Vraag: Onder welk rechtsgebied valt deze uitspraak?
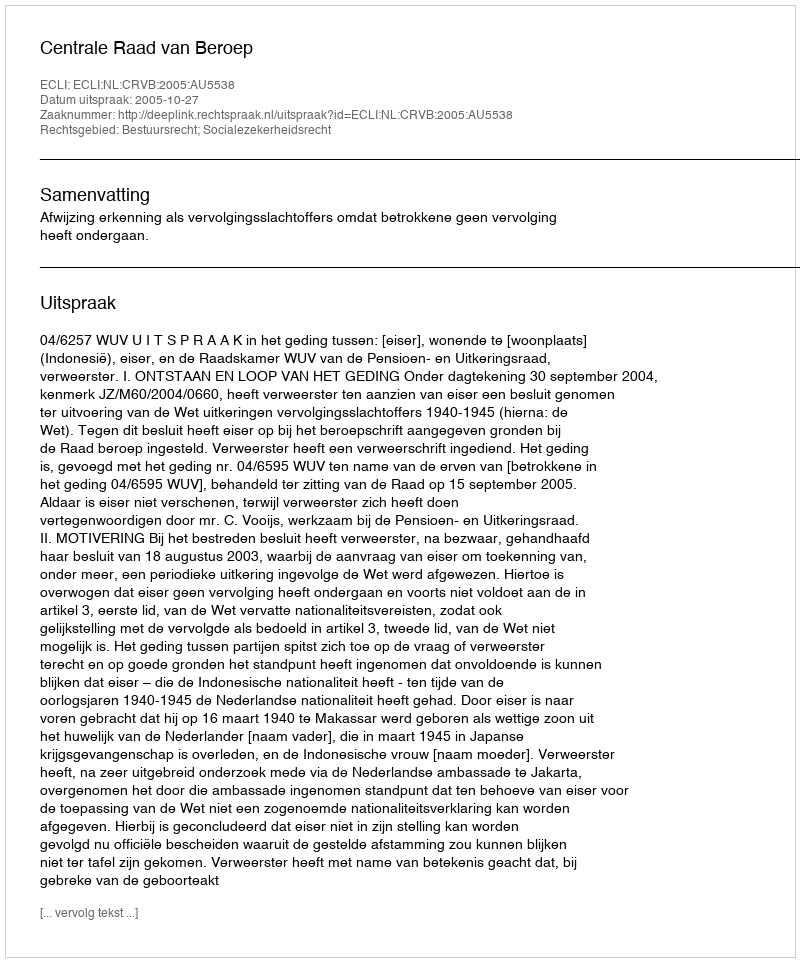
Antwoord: Bestuursrecht; Socialezekerheidsrecht